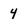
Character: 4